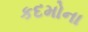
કદમોના